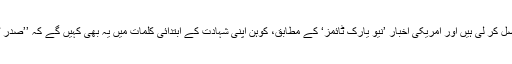
نیوز ایجنسیوں نے مائیکل کوہن کے تیار شدہ بیان کی نقول حاصل کر لی ہیں اور امریکی اخبار ’نیو یارک ٹائمز‘ کے مطابق، کوہن اپنی شہادت کے ابتدائی کلمات میں یہ بھی کہیں گے کہ ’’صدر ٹرمپ نسل پرست ہیں، وہ جعلی شخص ہیں اور دھوکے باز ہیں۔